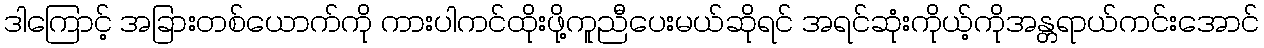
ဒါကြောင့် အခြားတစ်ယောက်ကို ကားပါကင်ထိုးဖို့ကူညီပေးမယ်ဆိုရင် အရင်ဆုံးကိုယ့်ကိုအန္တရာယ်ကင်းအောင်